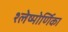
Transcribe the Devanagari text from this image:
श्लेष्मोर्णिका